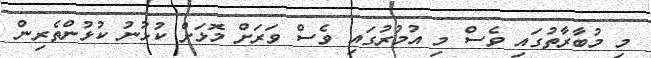
މި މުބާރާތުގައި ވެސް މި އުމުރުގައި ވެސް ވަރަށް މޮޅަށް ކުޅުނު ކުޅުންތެރިން